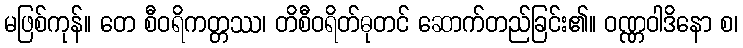
မဖြစ်ကုန်။ တေ စီဝရိကတ္တဿ၊ တိစီဝရိတ်ဓုတင် ဆောက်တည်ခြင်း၏။ ဝဏ္ဏဝါဒိနော စ၊